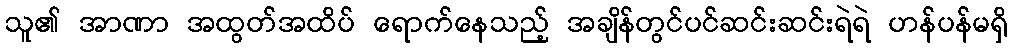
သူ၏ အာဏာ အထွတ်အထိပ် ရောက်နေသည့် အချိန်တွင်ပင်ဆင်းဆင်းရဲရဲ ဟန်ပန်မရှိ